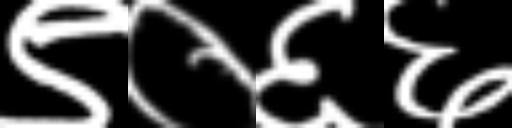
Text: ९०६६